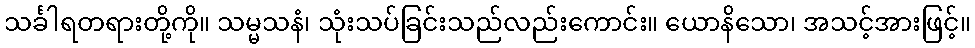
သင်္ခါရတရားတို့ကို။ သမ္မသနံ၊ သုံးသပ်ခြင်းသည်လည်းကောင်း။ ယောနိသော၊ အသင့်အားဖြင့်။